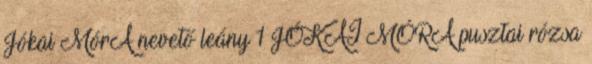
Jókai MórA nevető leány 1 JÓKAI MÓRA pusztai rózsa